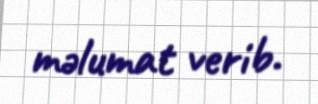
məlumat verib.